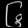
Digit: ၆